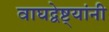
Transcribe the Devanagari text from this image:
वाघद्वेष्ट्यांनी